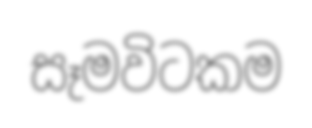
සෑමවිටකම